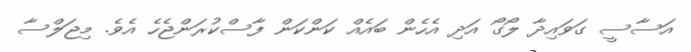
އަސާސީ ގަވައިދާ ލޯގޯ އަދި އެހެން ބައެއް ކަންކަން ފާސްކުރަންޖެހެ އެވެ. މިޖަލްސާ